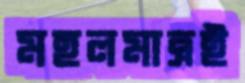
মহলমাত্রই